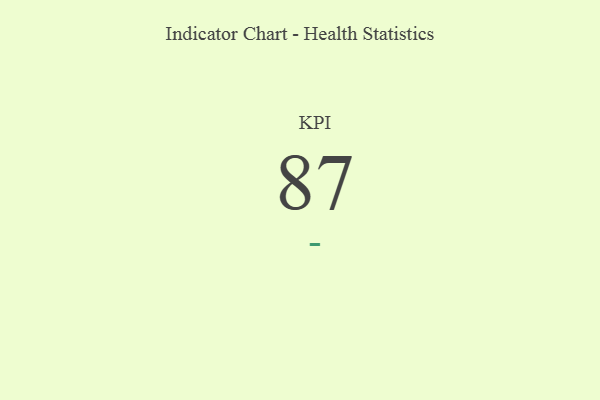
{"axis": {"x": "KPI", "y": "Value"}, "legend": [""], "data": [{"x": "KPI", "y": 87, "type": ""}]}